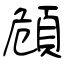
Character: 頠